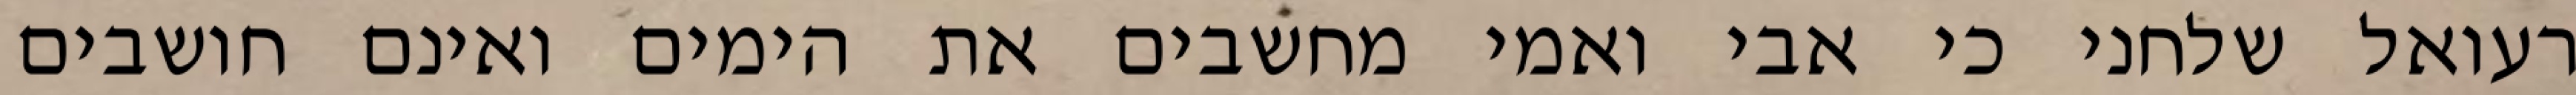
רעואל שלחני כי אבי ואמי מחשבים את הימים ואינם חושבים